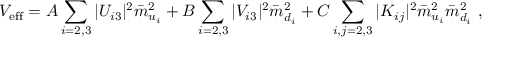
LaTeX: { \cal V } _ { \mathrm { e f f } } = A \sum _ { i = 2 , 3 } | U _ { i 3 } | ^ { 2 } \bar { m } _ { u _ { i } } ^ { 2 } + B \sum _ { i = 2 , 3 } | V _ { i 3 } | ^ { 2 } \bar { m } _ { d _ { i } } ^ { 2 } + C \sum _ { i , j = 2 , 3 } | K _ { i j } | ^ { 2 } \bar { m } _ { u _ { i } } ^ { 2 } \bar { m } _ { d _ { i } } ^ { 2 } \ ,